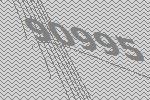
90995